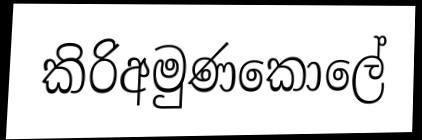
කිරිඅමුණකොලේ